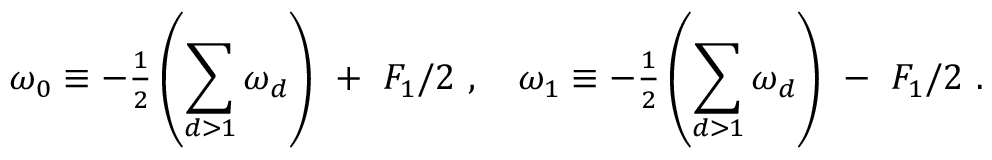
\omega _ { 0 } \equiv - { { \textstyle \frac { 1 } { 2 } } } \left( { \displaystyle \sum _ { d > 1 } \omega _ { d } } \right) \ + \ F _ { 1 } / 2 \ , \quad \omega _ { 1 } \equiv - { { \textstyle \frac { 1 } { 2 } } } \left( { \displaystyle \sum _ { d > 1 } \omega _ { d } } \right) \ - \ F _ { 1 } / 2 \ .